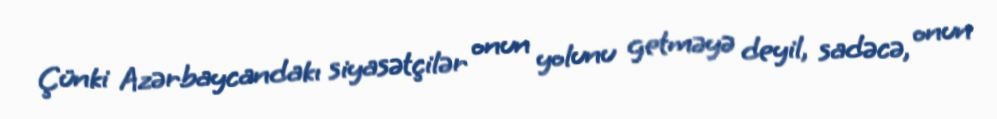
Çünki Azərbaycandakı siyasətçilər onun yolunu getməyə deyil, sadəcə, onun